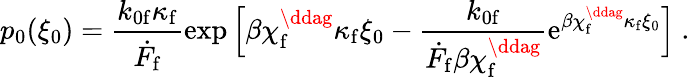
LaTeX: p_{0}(\xi_{0})=\frac{k_{0\mathrm{f}}\kappa_{\mathrm{f}}}{\dot{F}_{\mathrm{f}}}\exp{\Big[\beta\chi_{\mathrm{f}}^{\ddag}\kappa_{\mathrm{f}}\xi_{0}-\frac{k_{0\mathrm{f}}}{\dot{F}_{\mathrm{f}}\beta\chi_{\mathrm{f}}^{\ddag}}\mathrm{e}^{\beta\chi_{\mathrm{f}}^{\ddag}\kappa_{\mathrm{f}}\xi_{0}}\Big]}~.